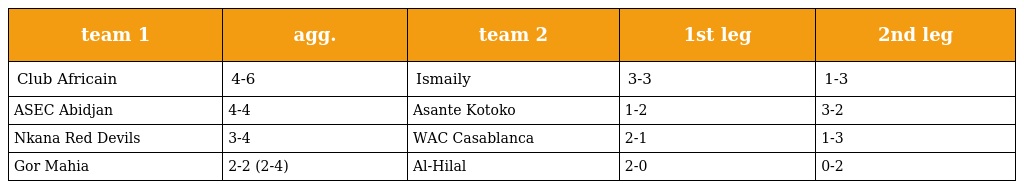
| team 1 | agg. | team 2 | 1st leg | 2nd leg |
 | --- | --- | --- | --- | --- |
 | Club Africain | 4-6 | Ismaily | 3-3 | 1-3 |
 | ASEC Abidjan | 4-4 | Asante Kotoko | 1-2 | 3-2 |
 | Nkana Red Devils | 3-4 | WAC Casablanca | 2-1 | 1-3 |
 | Gor Mahia | 2-2 (2-4) | Al-Hilal | 2-0 | 0-2 |